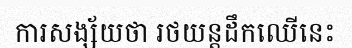
ការសង្ស័យថា រថយន្តដឹកឈើនេះ